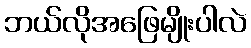
ဘယ်လိုအဖြေမျိုးပါလဲ